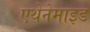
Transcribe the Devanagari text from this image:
एथेनेमाइड